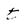
Character: t